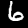
Label: 6